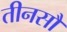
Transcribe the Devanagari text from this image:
तीनसौ